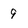
Character: 9